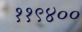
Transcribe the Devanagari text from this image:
११९४००